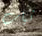
ثياب